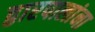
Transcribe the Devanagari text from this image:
द्वारपालांना